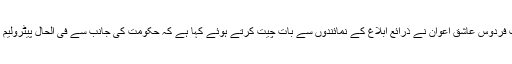
رپورٹ کے مطابق معاون خصوصی برائے اطلاعات فردوس عاشق اعوان نے ذرائع ابلاغ کے نمائندوں سے بات چیت کرتے ہوئے کہا ہے کہ حکومت کی جانب سے فی الحال پیٹرولیم مصنوعات کو مزید مہنگا نہ کرنے کا فیصلہ ہوا ہے۔